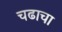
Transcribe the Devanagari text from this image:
चढाचा